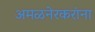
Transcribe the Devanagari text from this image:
अमळनेरकरांना